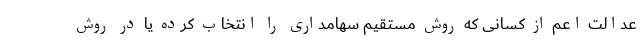
عدالت اعم از کسانی که روش مستقیم سهامداری را انتخاب کرده یا در روش